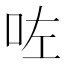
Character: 咗